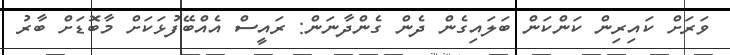
ވަރަށް ކައިރިން ކަންކަން ބަލައިގެން ދެން ގެންދާނަން: ރައީސް އެއްބޭފުޅަކަށް މާބޮޑަށް ބާރު